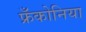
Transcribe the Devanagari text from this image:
फ्रँकोनिया